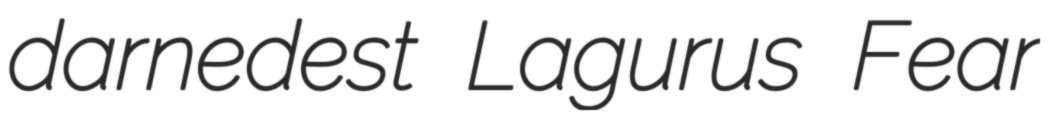
darnedest Lagurus Fear